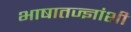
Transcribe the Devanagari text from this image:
भाषातज्ज्ञांशी